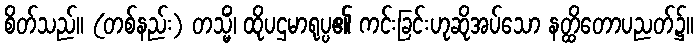
စိတ်သည်။ (တစ်နည်း) တသ္မိံ၊ ထိုပဌမာရုပ္ပ၏ ကင်းခြင်းဟုဆိုအပ်သော နတ္ထိတောပညတ်၌။